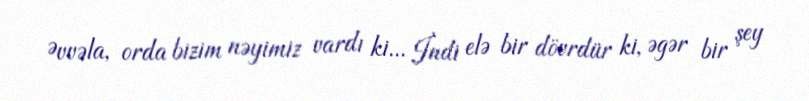
Əvvəla, orda bizim nəyimiz vardı ki... İndi elə bir dövrdür ki, əgər bir şey